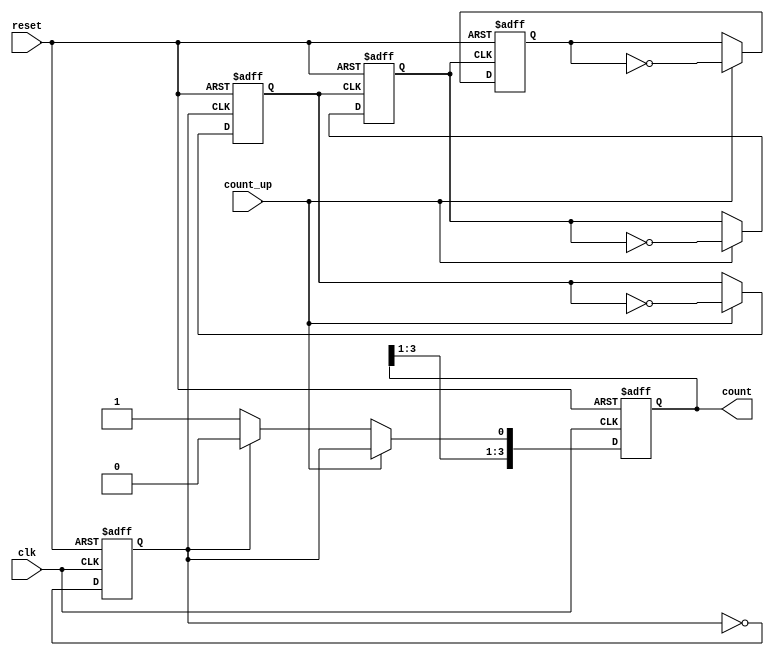
module async_counter (
    input wire clk,          // Clock input
    input wire reset,        // Asynchronous reset
    input wire count_up,     // Control signal for counting direction (1 for up, 0 for down)
    output reg [3:0] count   // 4-bit counter output
);

    // Flip-flop for the least significant bit (LSB)
    always @(posedge clk or posedge reset) begin
        if (reset) begin
            count[0] <= 1'b0; // Reset LSB to 0
        end else begin
            count[0] <= ~count[0]; // Toggle LSB
        end
    end

    // Flip-flop for the second bit
    always @(negedge count[0] or posedge reset) begin
        if (reset) begin
            count[1] <= 1'b0; // Reset second bit to 0
        end else if (count_up) begin
            count[1] <= ~count[1]; // Toggle second bit on falling edge of LSB
        end
    end

    // Flip-flop for the third bit
    always @(negedge count[1] or posedge reset) begin
        if (reset) begin
            count[2] <= 1'b0; // Reset third bit to 0
        end else if (count_up) begin
            count[2] <= ~count[2]; // Toggle third bit on falling edge of second bit
        end
    end

    // Flip-flop for the most significant bit (MSB)
    always @(negedge count[2] or posedge reset) begin
        if (reset) begin
            count[3] <= 1'b0; // Reset MSB to 0
        end else if (count_up) begin
            count[3] <= ~count[3]; // Toggle MSB on falling edge of third bit
        end
    end

    // Down counting logic
    always @(posedge clk or posedge reset) begin
        if (reset) begin
            count <= 4'b0000; // Reset all bits to 0
        end else if (!count_up) begin
            if (count[0] == 1'b0) begin
                count[0] <= 1'b1; // Toggle LSB
            end else begin
                count[0] <= 1'b0; // Reset LSB
            end
        end
    end

endmodule